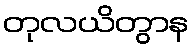
တုလယိတွာန